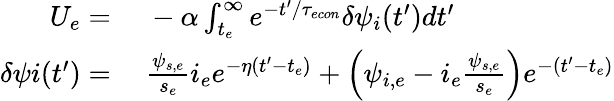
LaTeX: \begin{array}{rl}{U_{e}=}&{\ -\alpha\int_{t_{e}}^{\infty}e^{-t^{\prime}/{\tau_{econ}}}\delta\psi_{i}(t^{\prime})dt^{\prime}}\\ {\delta\psi i(t^{\prime})=}&{\ \frac{\psi_{s,e}}{s_{e}}i_{e}e^{-\eta(t^{\prime}-t_{e})}+\left(\psi_{i,e}-i_{e}\frac{\psi_{s,e}}{s_{e}}\right)e^{-(t^{\prime}-t_{e})}}\end{array}